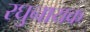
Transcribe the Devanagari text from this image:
रघुनायक